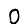
Digit: 0